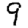
Digit: 9